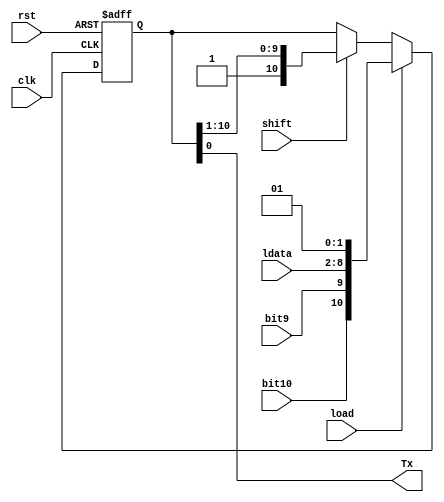
`timescale 1ns / 1ps
//////////////////////////////////////////////////////////////////////////////////
// Company: 
// Engineer: 
// 
// Design Name: 
// Module Name:    shift_register 
// Project Name: 
// Target Devices: 
// Tool versions: 
// Description: 
//
// Dependencies: 
//
// Revision: 
// Revision 0.01 - File Created
// Additional Comments: 
//
//////////////////////////////////////////////////////////////////////////////////
module shift_register(input clk, rst, load, shift,
							 input bit10, bit9,
							 input [6:0] ldata,
							 output reg Tx);
	
	reg [10:0] shift_out;
	reg sd0;
	
	always @ (posedge clk, posedge rst)
		begin
			if (rst)
				shift_out <= 11'b11111111111; else //reset SR to all 1's
			
			if (load)
				shift_out <= {bit10, bit9, ldata[6:0], 1'b0, 1'b1}; else
			
			if (shift)
				shift_out <= {1'b1, shift_out [10:1]};
				
		end
		
	always @ (*)
		begin
			sd0 = shift_out[0];
			Tx = sd0;
		end

endmodule